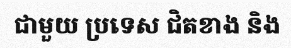
ជាមួយ ប្រទេស ជិតខាង និង